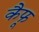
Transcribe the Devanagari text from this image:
कैफू